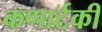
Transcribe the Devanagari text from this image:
कणार्टकी